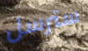
سترسل